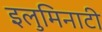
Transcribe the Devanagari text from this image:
इलुमिनाटी